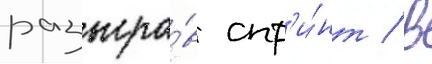
разыгра́в спр'и́нт / в